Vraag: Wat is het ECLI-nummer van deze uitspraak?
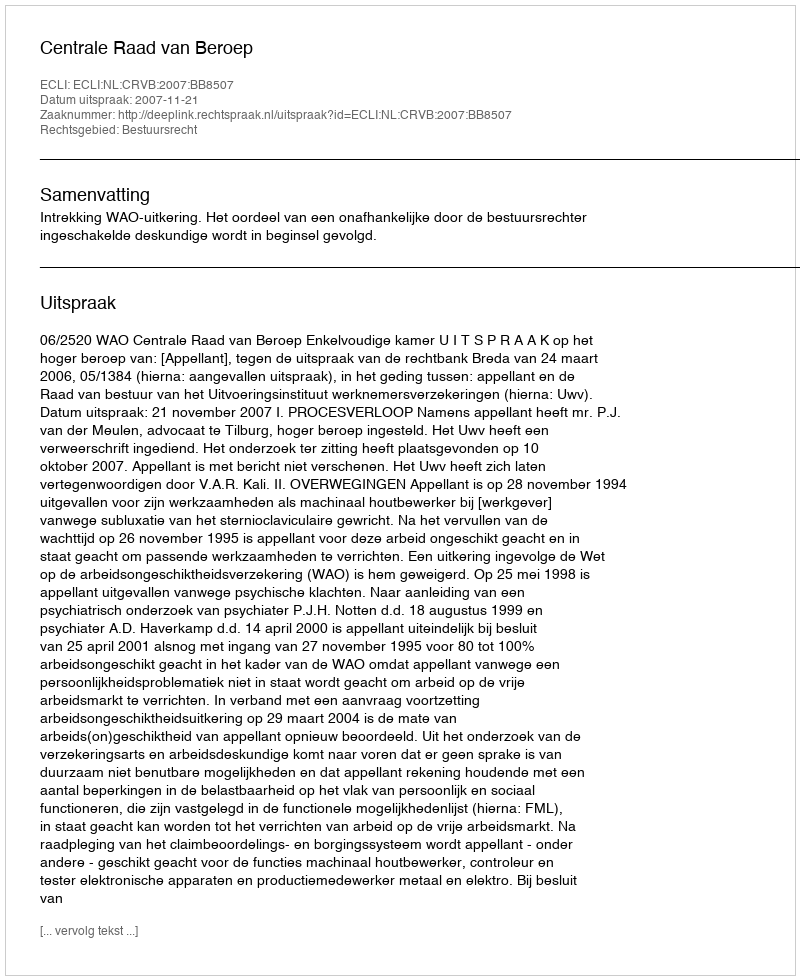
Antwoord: ECLI:NL:CRVB:2007:BB8507